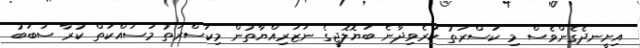
އިށީނދެގެންވެސް މި ކަސްރަތު ކުރެވިދާނެ ބަޔޮލޮޖީގެ ނަޒަރިއްޔާތުން މިކަސްރަތު މަސައްކަތް ކުރާ ސަބަބު